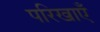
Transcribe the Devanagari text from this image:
परिखाएँ